Vaccination in Bombay 1889-1901 - 1889-1901
Year: 1889
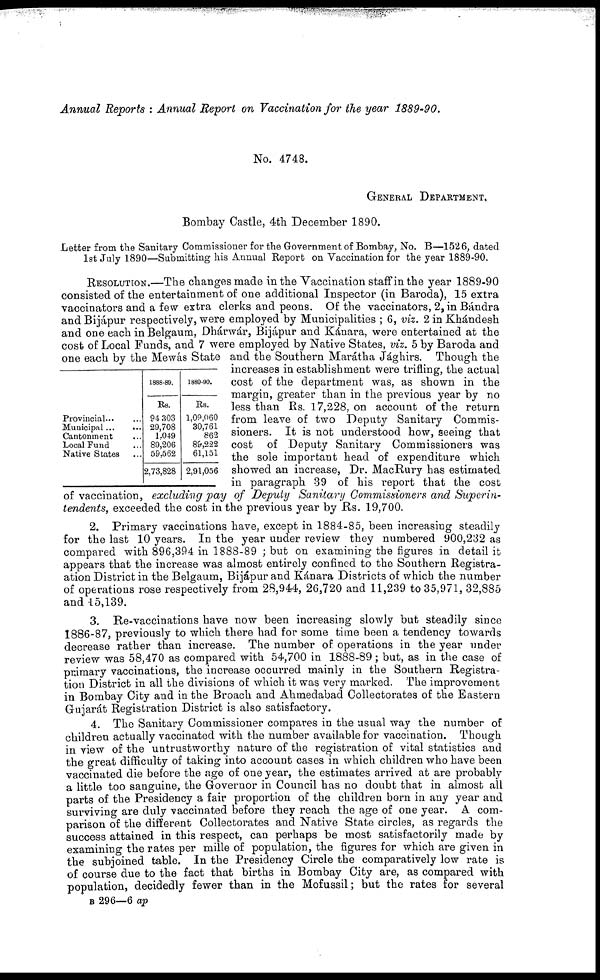
Annual Reports : Annual Report on Vaccination for the year 1889-90.
No. 4748.
GENERAL DEPARTMENT.
Bombay Castle, 4th December 1890.
Letter from the Sanitary Commissioner for the Government of Bombay, No. B—1526, dated
1st July 1890—Submitting his Annual Report on Vaccination for the year 1889-90.
Provincial... ...
Municipal...
...
Cantonment ...
Local Fund ...
Native States ...
1888-89.
Rs.
94,303
29,708
1,049
89,206
59,562
2,73,828
1889-90.
Rs.
1,09,060
30,761
862
89,222
61,151
2,91,056
RESOLUTION.—The changes made in the Vaccination staff in the year 1889-90
consisted of the entertainment of one additional Inspector (in Baroda), 15 extra
vaccinators and a few extra clerks and peons. Of the vaccinators, 2, in Bándra
and Bijápur respectively, were employed by Municipalities ; 6, viz. 2 in Khándesh
and one each in Belgaum, Dhárwár, Bijápur and Kánara, were entertained at the
cost of Local Funds, and 7 were employed by Native States, viz. 5 by Baroda and
one each by the Mewás State and the Southern Marátha Jághirs. Though the
increases in establishment were trifling, the actual
cost of the department was, as shown in the
margin, greater than in the previous year by no
less than Rs. 17,228, on account of the return
from leave of two Deputy Sanitary Commis-
sioners. It is not understood how, seeing that
cost of Deputy Sanitary Commissioners was
the sole important head of expenditure which
showed an increase, Dr. MacRury has estimated
in paragraph 39 of his report that the cost
of vaccination, excluding pay of Deputy Sanitary Commissioners and Superin-
tendents, exceeded the cost in the previous year by Rs. 19,700.
2. Primary vaccinations have, except in 1884-85, been increasing steadily
for the last 10 years. In the year under review they numbered 900,232 as
compared with 896,394 in 1888-89 ; but on examining the figures in detail it
appears that the increase was almost entirely confined to the Southern Registra-
ation District in the Belgaum, Bijápur and Kánara Districts of which the number
of operations rose respectively from 28,944, 26,720 and 11,239 to 35,971, 32,885
and 15,139.
3. Re-vaccinations have now been increasing slowly but steadily since
1886-87, previously to which there had for some time been a tendency towards
decrease rather than increase. The number of operations in the year under
review was 58,470 as compared with 54,700 in 1888-89; but, as in the case of
primary vaccinations, the increase occurred mainly in the Southern Registra-
tion District in all the divisions of which it was very marked. The improvement
in Bombay City and in the Broach and Ahmedabad Collectorates of the Eastern
Gujarát Registration District is also satisfactory.
4. The Sanitary Commissioner compares in the usual way the number of
children actually vaccinated with the number available for vaccination. Though
in view of the untrustworthy nature of the registration of vital statistics and
the great difficulty of taking into account cases in which children who have been
vaccinated die before the age of one year, the estimates arrived at are probably
a little too sanguine, the Governor in Council has no doubt that in almost all
parts of the Presidency a fair proportion of the children born in any year and
surviving are duly vaccinated before they reach the age of one year. A com-
parison of the different Collectorates and Native State circles, as regards the
success attained in this respect, can perhaps be most satisfactorily made by
examining the rates per mille of population, the figures for which are given in
the subjoined table. In the Presidency Circle the comparatively low rate is
of course due to the fact that births in Bombay City are, as compared with
population, decidedly fewer than in the Mofussil; but the rates for several
B 296—6 ap